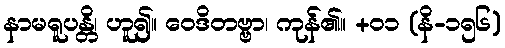
နာမရူပန္တိ၊ ဟူ၍။ ဝေဒိတဗ္ဗာ၊ ကုန်၏။ +၀၁ (နိ-၁၅၆)